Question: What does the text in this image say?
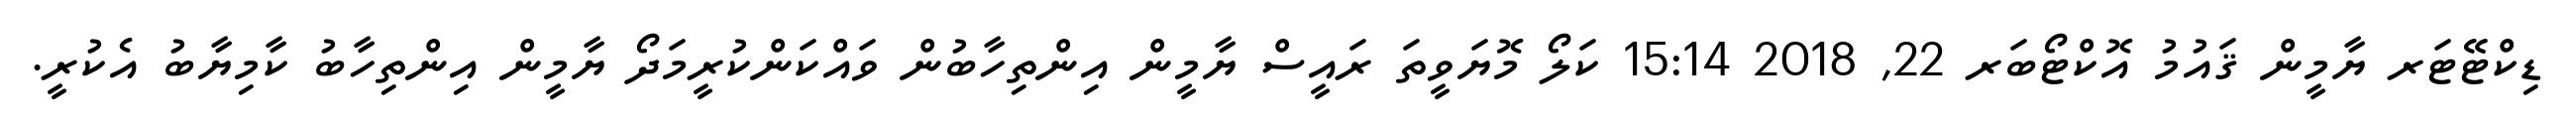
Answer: ޑިކްޓޭޓަރ ޔާމީން ޤައުމު އޮކްޓޯބަރ 22, 2018 15:14 ކަލޯ މޮޔަވީތަ ރައީސް ޔާމީން އިންތިހާބުން ވައްކަންކުރީމަދޯ ޔާމީން އިންތިހާބު ކާމިޔާބު އެކުރީ.